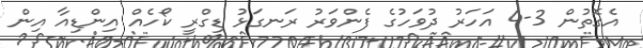
އެގޮތުން 3-4 އަހަރު ދުވަހުގެ ފެންވަރު ރަނގަޅު ޑިގްރީ ކޯހެއް އިންޑިއާ އިން